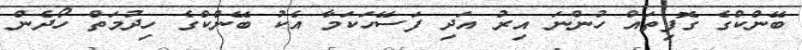
ބޭންކްގެ ގޮފިތައް ހުންނަ އިރު އަދި ފަސޭހަކަމާ އެކު ބޭންކްގެ ހިދުމަތް ހޯދެން